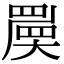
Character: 𡙷